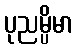
ပုညမ္ပိမာ